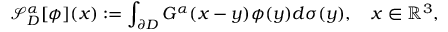
\mathcal { S } _ { D } ^ { \alpha } [ \phi ] ( x ) : = \int _ { \partial D } G ^ { \alpha } ( x - y ) \phi ( y ) d \sigma ( y ) , \quad x \in \mathbb { R } ^ { 3 } ,